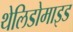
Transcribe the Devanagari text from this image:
थेलिडोमाइड